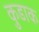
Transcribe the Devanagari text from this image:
कुडाक